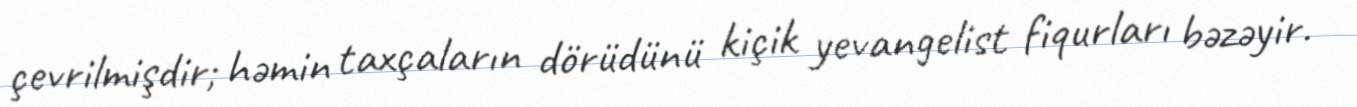
çevrilmişdir; həmin taxçaların dörüdünü kiçik yevangelist fiqurları bəzəyir.